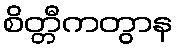
စိတ္တီကတွာန